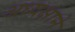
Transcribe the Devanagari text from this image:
अध्यक्षाने